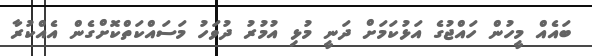
ބައެއް މީހުން ހައްޖުގެ އަޅުކަމަށް ދަނީ މުޅި އުމުރު ދުވަހު މަސައްކަތްކޮށްގެން އެއްކުރާ